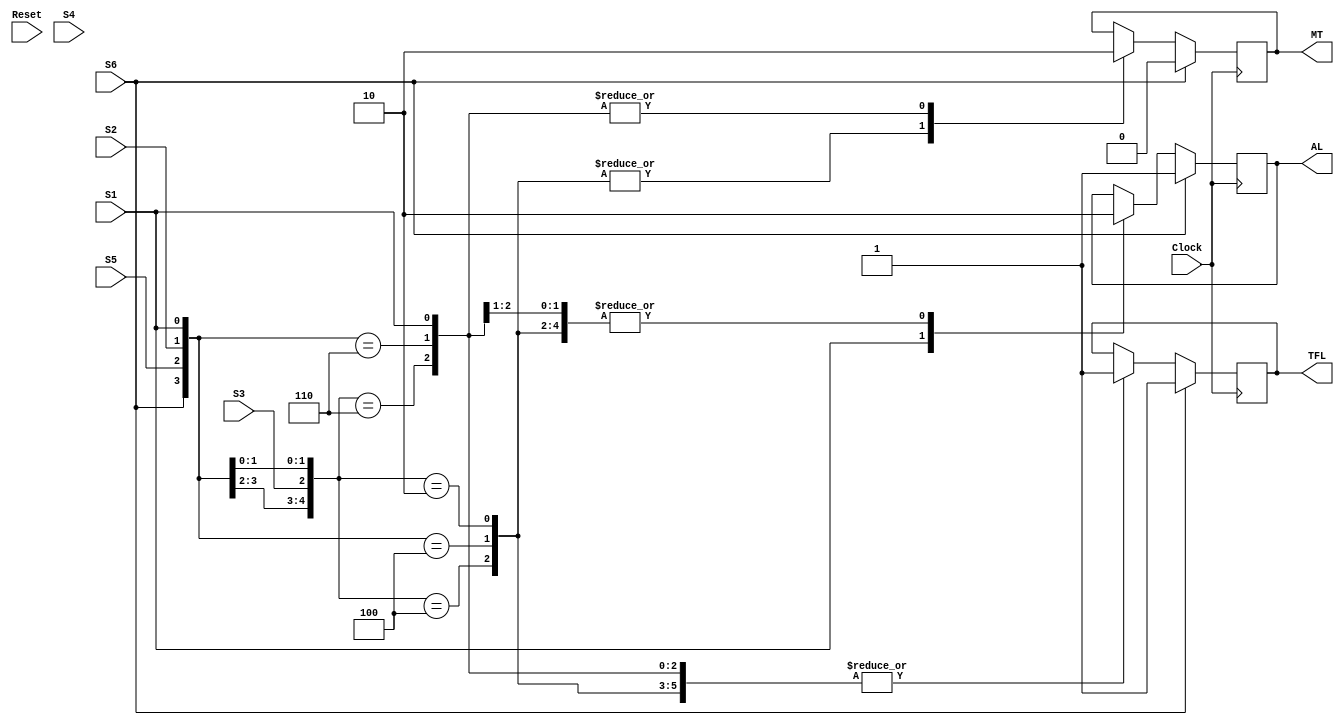
module state_lifting(Clock, Reset, S1, S2, S3, S4, S5, S6, MT, AL, TFL);
  input Clock, Reset, S1, S2, S3, S4, S5, S6;
  output reg MT, AL, TFL;
  always @(posedge Clock)
    begin
      casez({S6, S5, S4, S3, S2, S1})
        6'b1?????: begin
          $display("Caso 1");
          FutureState = Lifting;
          MT = 1'b0;
          AL = 1'b1;
          TFL = 1'b1;
        end
        6'b?????1: begin
          $display("Caso 2");
          FutureState = Lifting;
          MT = 1'b0;
          AL = 1'b1;
          TFL = 1'b1;
        end
        6'b00?100: begin
          $display("Caso 3");
          FutureState = Lifting;
          MT = 1'b1;
          AL = 1'b0;
          TFL = 1'b1;
        end
        6'b01??00: begin
          $display("Caso 4");
          FutureState = Lifting;
          MT = 1'b1;
          AL = 1'b0;
          TFL = 1'b1;
        end
        6'b00?010: begin
          $display("Caso 5");
          FutureState = Lifting;
          MT = 1'b1;
          AL = 1'b0;
          TFL = 1'b1;
        end
        6'b00?110: begin
          $display("Caso 6");
          FutureState = Uprigth;
          MT = 1'b0;
          AL = 1'b0;
          TFL = 1'b1;
        end
        6'b01??10: begin
          $display("Caso 7");
          FutureState = Uprigth;
          MT = 1'b0;
          AL = 1'b0;
          TFL = 1'b1;
        end
      endcase
    end
endmodule